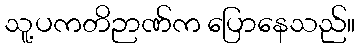
သူ့ပကတိဉာဏ်က ပြောနေသည်။